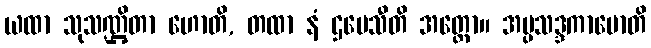
ယထာ သုသဏ္ဌိတာ ဟောတိ, တထာ နံ ဌပေသီတိ အတ္ထော။ အပ္ပသဒ္ဒကာမောတိ